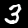
Digit: 3